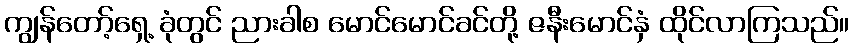
ကျွန်တော့်ရှေ့ ခုံတွင် ညားခါစ မောင်မောင်ခင်တို့ ဇနီးမောင်နှံ ထိုင်လာကြသည်။